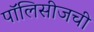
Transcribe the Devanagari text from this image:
पॉलिसीजची